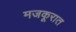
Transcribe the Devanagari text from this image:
मजकूरात